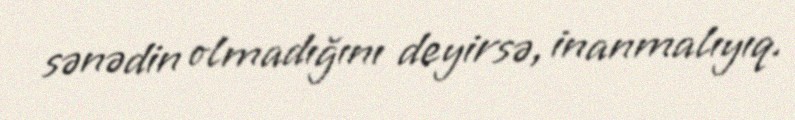
sənədin olmadığını deyirsə, inanmalıyıq.